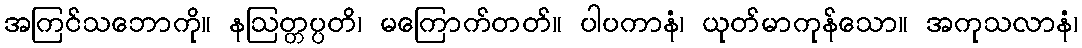
အကြင်သဘောကို။ နဩတ္တပ္ပတိ၊ မကြောက်တတ်။ ပါပကာနံ၊ ယုတ်မာကုန်သော။ အကုသလာနံ၊